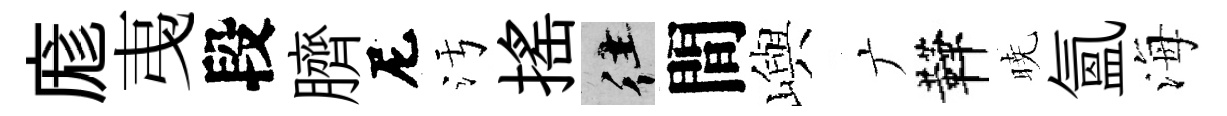
庬𢎯段臍尼污揺往間嶼广鞾暁氲海